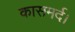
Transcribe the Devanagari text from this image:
कासमर्द।